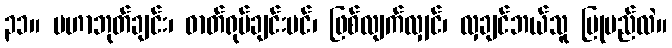
၃၁။ မဟာဘုတ်ချင်း၊ ဓာတ်ရုပ်ချင်းပင်၊ ဖြစ်လျက်လျှင်၊ လှချင်ဘယ်သူ ပြုမည်လဲ။